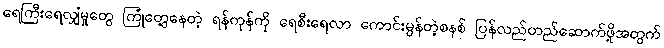
ရေကြီးရေလျှံမှုတွေ ကြုံတွေ့နေတဲ့ ရန်ကုန်ကို ရေစီးရေလာ ကောင်းမွန်တဲ့စနစ် ပြန်လည်တည်ဆောက်ဖို့အတွက်